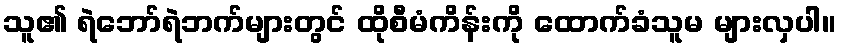
သူ၏ ရဲဘော်ရဲဘက်များတွင် ထိုစီမံကိန်းကို ထောက်ခံသူမ များလှပါ။